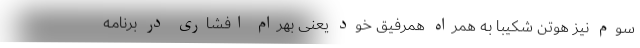
سوم نیز هوتن شکیبا به همراه همرفیق خود یعنی بهرام افشاری در برنامه